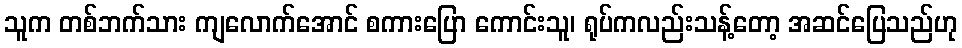
သူက တစ်ဘက်သား ကျလောက်အောင် စကားပြော ကောင်းသူ၊ ရုပ်ကလည်းသန့်တော့ အဆင်ပြေသည်ဟု